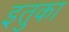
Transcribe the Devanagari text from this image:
इतुका